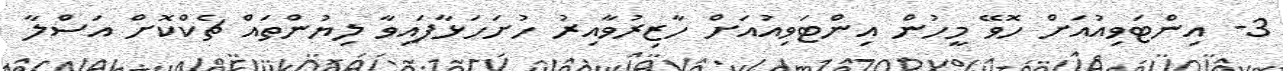
3- އިންޓަވިއުއަށް ހޮވޭ މީހުން އިންޓަވިއުއަށް ހާޒިރުވާއިރު ހުށަހަޅާފައިވާ ލިޔުންތައް ޗެކްކޮށް އަސްލާ